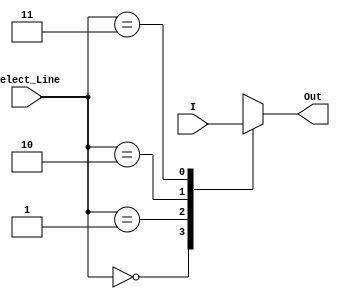
/*
Behavioural Modelling
(Basically, we just need to know how the model should behave,
Just inputs and outputs are sufficient,
we are not concerned with which electronics components we need to use.)
We know that,
Select_Line   Output
00            I[0]
01            I[1]
10            I[2]
11            I[3]
*/

// Note : Module name cannot start with a number, and file name can start with a number
module Four_to_One_Mux(
    input [0:3] I,
    input [0:1] Select_Line,
    output reg Out
);
    // Below section is executed everytime the input changes or select line changes
    // Note: use @ with always block
    always @(I or Select_Line) begin
        // switch case is used to select the select which input should be fed to the output w.r.t select line
        case(Select_Line)
            2'b00 : Out = I[0];
            2'b01 : Out = I[1];
            2'b10 : Out = I[2];
            2'b11 : Out = I[3];
            default : Out = 1'bx;
        endcase
    end
endmodule


// Similarly, making 2:1 Multiplexer and 8:1 Multiplexer
module Two_to_One_Mux(
    input [1:0] I,
    input Select_Line,
    output reg Out
);
    always @(I or Select_Line) begin
        case(Select_Line)
            1'b0 : Out = I[0];
            1'b1 : Out = I[1];
            default : Out = 1'bx;
        endcase
    end
endmodule


module Eight_to_One_Mux(
    input [7:0] I,
    input [2:0] Select_Line,
    output reg Out
);
    always @(I or Select_Line) begin
        case(Select_Line)
            3'b000 : Out = I[0];
            3'b001 : Out = I[1];
            3'b010 : Out = I[2];
            3'b011 : Out = I[3];
            3'b100 : Out = I[4];
            3'b101 : Out = I[5];
            3'b110 : Out = I[6];
            3'b111 : Out = I[7];
            default : Out = 1'bx;
        endcase
    end
endmodule